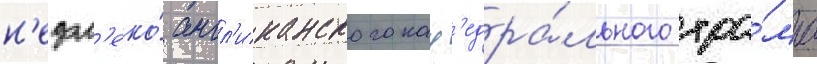
н'едал'еко́ англ'иканского каф'едра́льного хра́ма